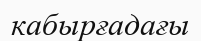
кабырғадағы